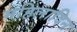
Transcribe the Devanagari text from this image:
महिलादिन